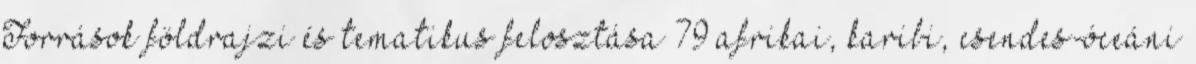
Források földrajzi és tematikus felosztása 79 afrikai, karibi, csendes-óceáni